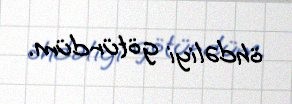
öhdəliyi götürdüm.